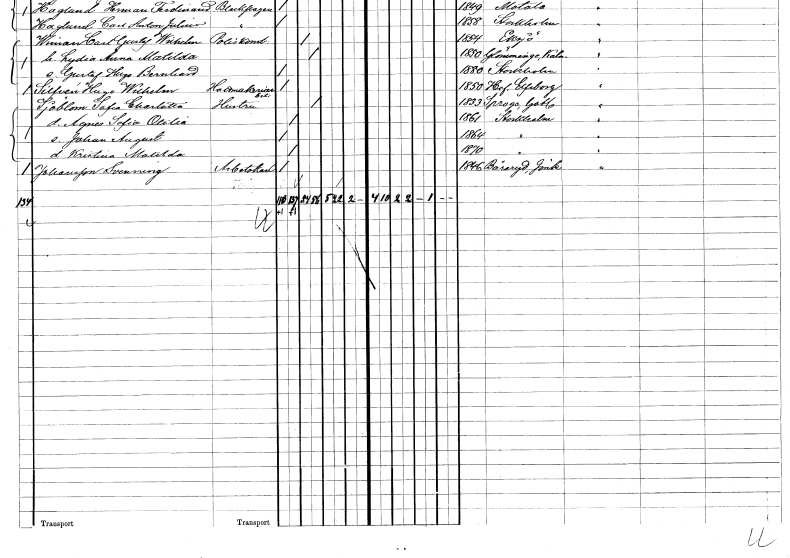
gt_parse: households: individuals: FN: Sofia Charlotta
EN: Sjöblom
YRKE: Hustru
KON: K
CIV: G
FODAR: 1833
FODFORS: Sproge Gotlands län
FN: Agnes Sofia Otilia
KON: K
CIV: O
FODAR: 1861
FODFORS: Stockholm
FN: Johan August
KON: M
CIV: O
FODAR: 1864
FODFORS: Stockholm
FN: Kristina Matilda
KON: K
CIV: O
FODAR: 1870
FODFORS: Stockholm
FN: Svenning
EN: Johansson
YRKE: Arbetskarl
KON: M
CIV: O
FODAR: 1846
FODFORS: Båraryd Jönköpings län